Leaving Certificate Examination, 1914
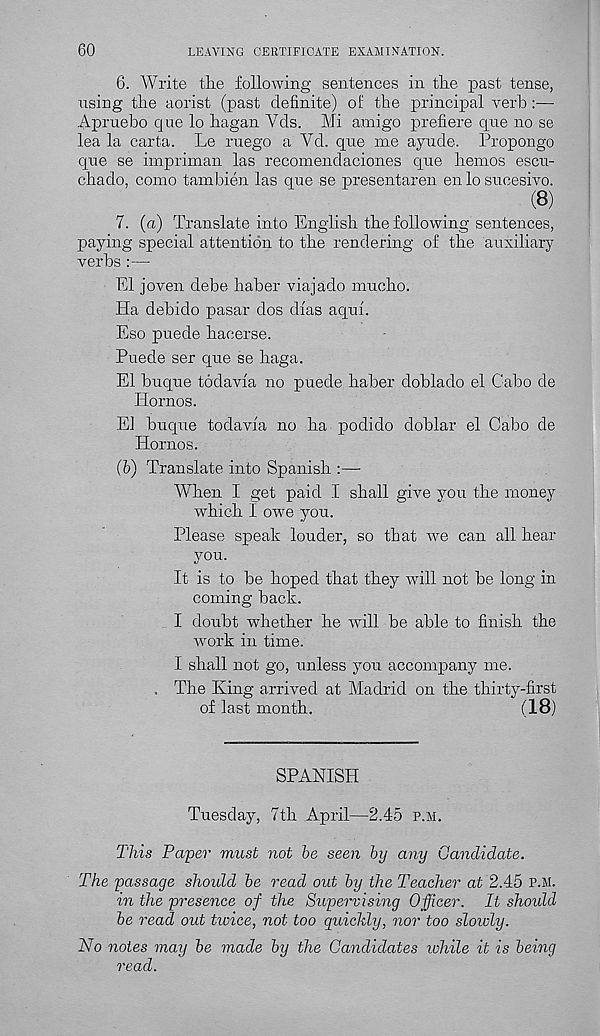
60
LEAVING CERTIFICATE EXAMINATION.
6. Write tire following sentences in the past tense,
using the aorist (past definite) of the principal verb :—
Apruebo que lo hagan Yds. Mi amigo prefiere que no se
lea la carta. Le ruego a Yd. que me ayude. Propongo
que se impriman las recomendaciones que hemos escu-
chado, como tambien las que se presentaren en lo sucesivo.
(8)
7. (a) Translate into English the following sentences,
paying special attention to the rendering of the auxiliary
verbs :—
El joven debe haber viajado mucho.
Ha debido pasar dos dias aqui.
Eso puede haeerse.
Puede ser que se haga.
El buque todavia no puede haber doblado el Cabo de
Hornos.
El buque todavia no ha podido doblar el Cabo de
Hornos.
(6) Translate into Spanish :—
When I get paid I shall give you the money
which I owe you.
Please speak louder, so that we can all hear
you.
It is to be hoped that they will not be long in
coming back.
I doubt whether he will be able to finish the
work in time.
I shall not go, unless you accompany me.
, The King arrived at Madrid on the thirty-first
of last month.
(18)
SPANISH
Tuesday, 7th April—2.45 p.m.
This Paper must not be seen by any Candidate.
The passage should be read out by the Teacher at 2.45 p.m.
in the presence of the Supervising Officer. It shoidd
be read out tioice, not too quickly, nor too sloioly.
No notes may be made by the Candidates while it is being
read.